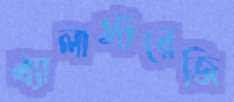
ব্যালাস্টরেজি